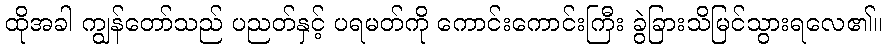
ထိုအခါ ကျွန်တော်သည် ပညတ်နှင့် ပရမတ်ကို ကောင်းကောင်းကြီး ခွဲခြားသိမြင်သွားရလေ၏။